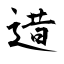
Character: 逪